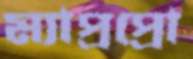
ম্যাপ্রপ্রো